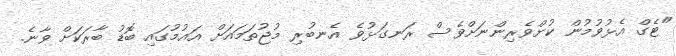
"ޓެގް އެޅުވުމުން ކުށްވެރިންނަށްވެސް ރަނގަޅުވެ އެނބުރި މުޖުތަމައަށް އައުމުގައި ބޮޑު ބާރަކަށް ވާނެ.